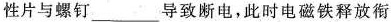
性片与螺钉___导致断电，此时电磁铁释放衔